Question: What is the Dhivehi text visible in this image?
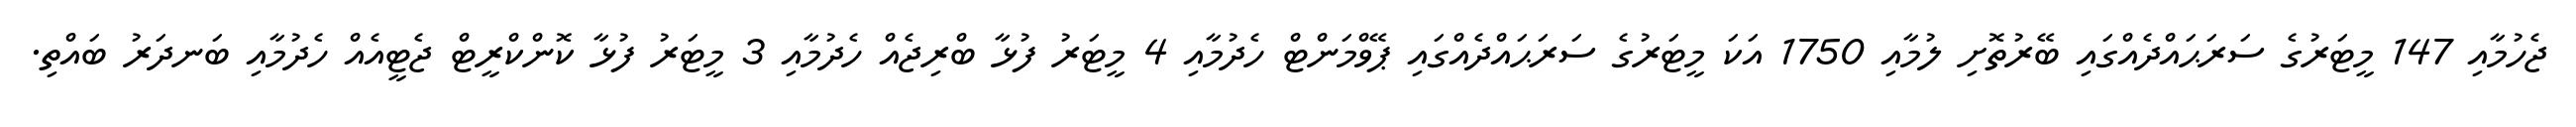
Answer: ޖެހުމާއި 147 މީޓަރުގެ ސަރަޙައްދެއްގައި ބޭރުތޮށި ލުމާއި 1750 އަކަ މީޓަރުގެ ސަރަޙައްދެއްގައި ޕޭވްމަންޓް ހެދުމާއި 4 މީޓަރު ފުޅާ ބްރިޖެއް ހެދުމާއި 3 މީޓަރު ފުޅާ ކޮންކްރީޓް ޖެޓީއެއް ހެދުމާއި ބަނދަރު ބައްތި.